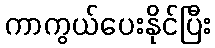
ကာကွယ်ပေးနိုင်ပြီး